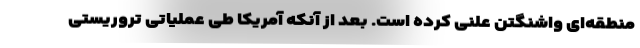
منطقه‌ای واشنگتن علنی کرده است. بعد از آنکه آمریکا طی عملیاتی تروریستی